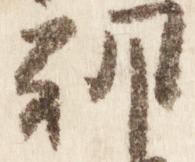
朝